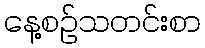
နေ့စဉ်သတင်းစာ